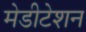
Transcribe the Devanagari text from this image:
मेडीटेशन